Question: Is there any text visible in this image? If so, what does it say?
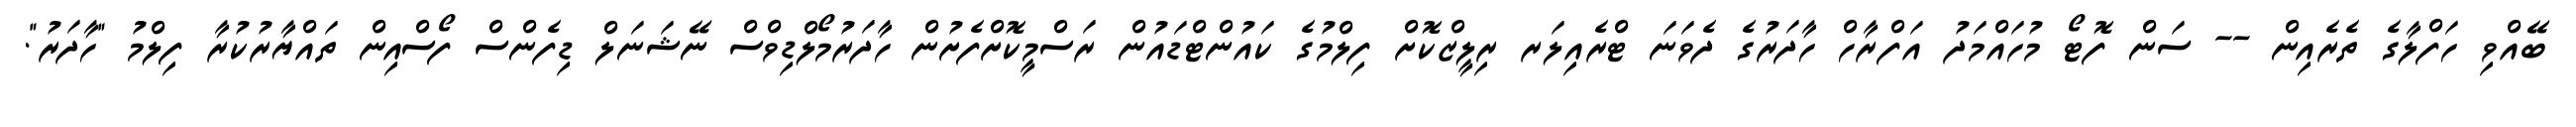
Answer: ބޭއްވި ހަފްލާގެ ތެރެއިން -- ސަން ފޮޓޯ މުހައްމަދު އަފްރާހް ހާދަރުގެ ދެވަނަ ޓްރެއިލަރ ރިލީޒްކޮށް ފިލްމުގެ ކައުންޓްޑައުން ރަސްމީކޮށްފެށުން ހާދަރުމޯލްޑިވްސް ނޭޝަނަލް ޑިފެންސް ފޯސްއިން ތައްޔާރުކުރާ ފިލްމު "ހާދަރު".